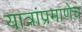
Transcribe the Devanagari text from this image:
यात्रांप्रमाणेच